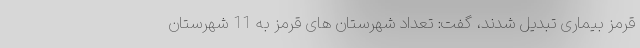
قرمز بیماری تبدیل شدند، گفت: تعداد شهرستان های قرمز به 11 شهرستان